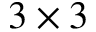
3 \times 3